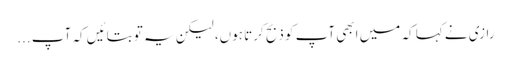
رازی نے کہا کہ میں ابھی آپ کو ذبح کرتا ہوں، لیکن یہ تو بتائیں کہ آپ ...